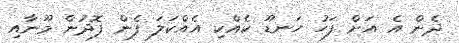
ދެން އެ އަށް ފަހު ހަނޑޫ ކެއްކި އެއްކަލަ ފެން ފޮދުން މޫނާއި